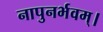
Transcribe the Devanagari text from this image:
नापुनर्भवम्।